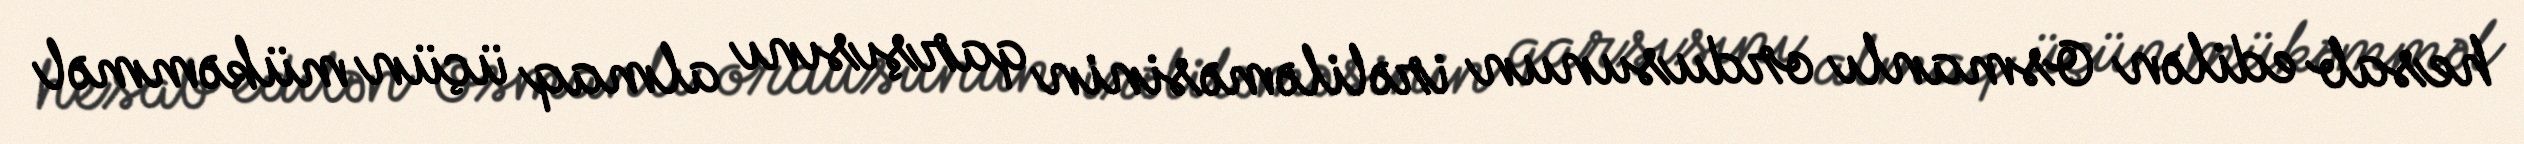
hesab edilən Osmanlı ordusunun irəliləməsinin qarşısını almaq üçün mükəmməl